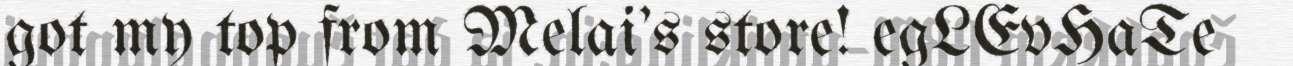
got my top from Melai's store! egLEvHaTe